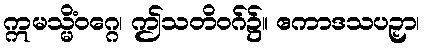
ဣမသ္မိံဝဂ္ဂေ၊ ဤသတိဝဂ်၌။ ဧကာဒသပဉှာ၊